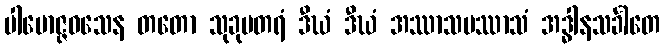
ပါမောဇ္ဇဝသေန တတော သုခုမတရံ ဒီဃံ ဒီဃံ အဿာသပဿာသံ အဒ္ဓါနသင်္ခါတေ